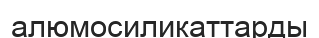
алюмосиликаттарды